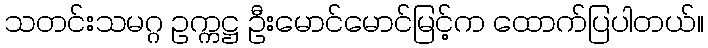
သတင်းသမဂ္ဂ ဥက္ကဋ္ဌ ဦးမောင်မောင်မြင့်က ထောက်ပြပါတယ်။